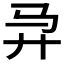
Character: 𱄼